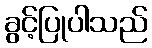
ခွင့်ပြုပါသည်